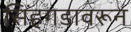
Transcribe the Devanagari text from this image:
सिंहगडावरून